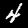
Digit: 4